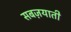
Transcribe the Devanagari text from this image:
सबज़याती